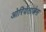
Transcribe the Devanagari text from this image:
ओरियेंतालेस